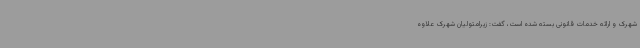
شهرک و ارائه خدمات قانونی بسته شده است، گفت: زیرامتولیان شهرک علاوه